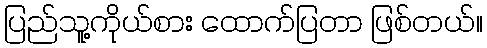
ပြည်သူ့ကိုယ်စား ထောက်ပြတာ ဖြစ်တယ်။